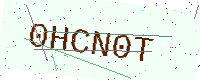
Text: 0HCN0T